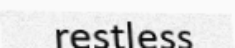
restless